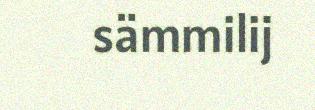
sämmilij